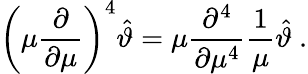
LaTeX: \left(\mu\frac{\partial}{\partial\mu}\right)^{4}\hat{\vartheta}=\mu\frac{\partial^{4}}{\partial\mu^{4}}\frac{1}{\mu}\hat{\vartheta}\ .